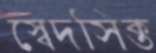
স্বেদসিক্ত